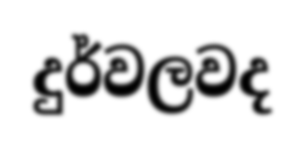
දුර්වලවද